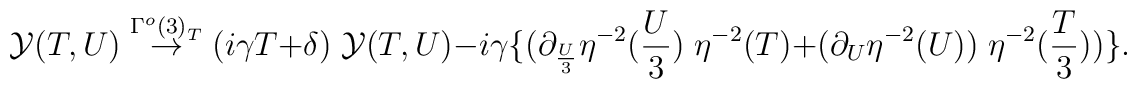
{\cal Y}(T,U) \stackrel{{\Gamma^o(3)}_T}{\rightarrow} (i \gamma T + \delta )\; {\cal Y}(T,U) - i \gamma\{ (\partial_{\frac{U}{3}} \eta^{-2}(\frac{U}{3}) \;\eta^{-2}(T) + (\partial_U \eta^{-2}(U))  \;\eta^{-2}(\frac{T}{3})) \}.